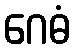
ဂေဓံ